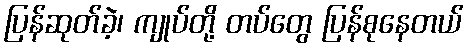
ပြန်ဆုတ်ခဲ့၊ ကျုပ်တို့ တပ်တွေ ပြန်စုနေတယ်